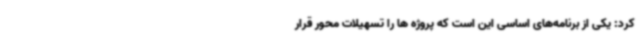
کرد: یکی از برنامه‌های اساسی این است که پروژه ها را تسهیلات محور قرار